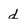
Character: d